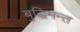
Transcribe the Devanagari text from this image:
बुद्धिमन्त